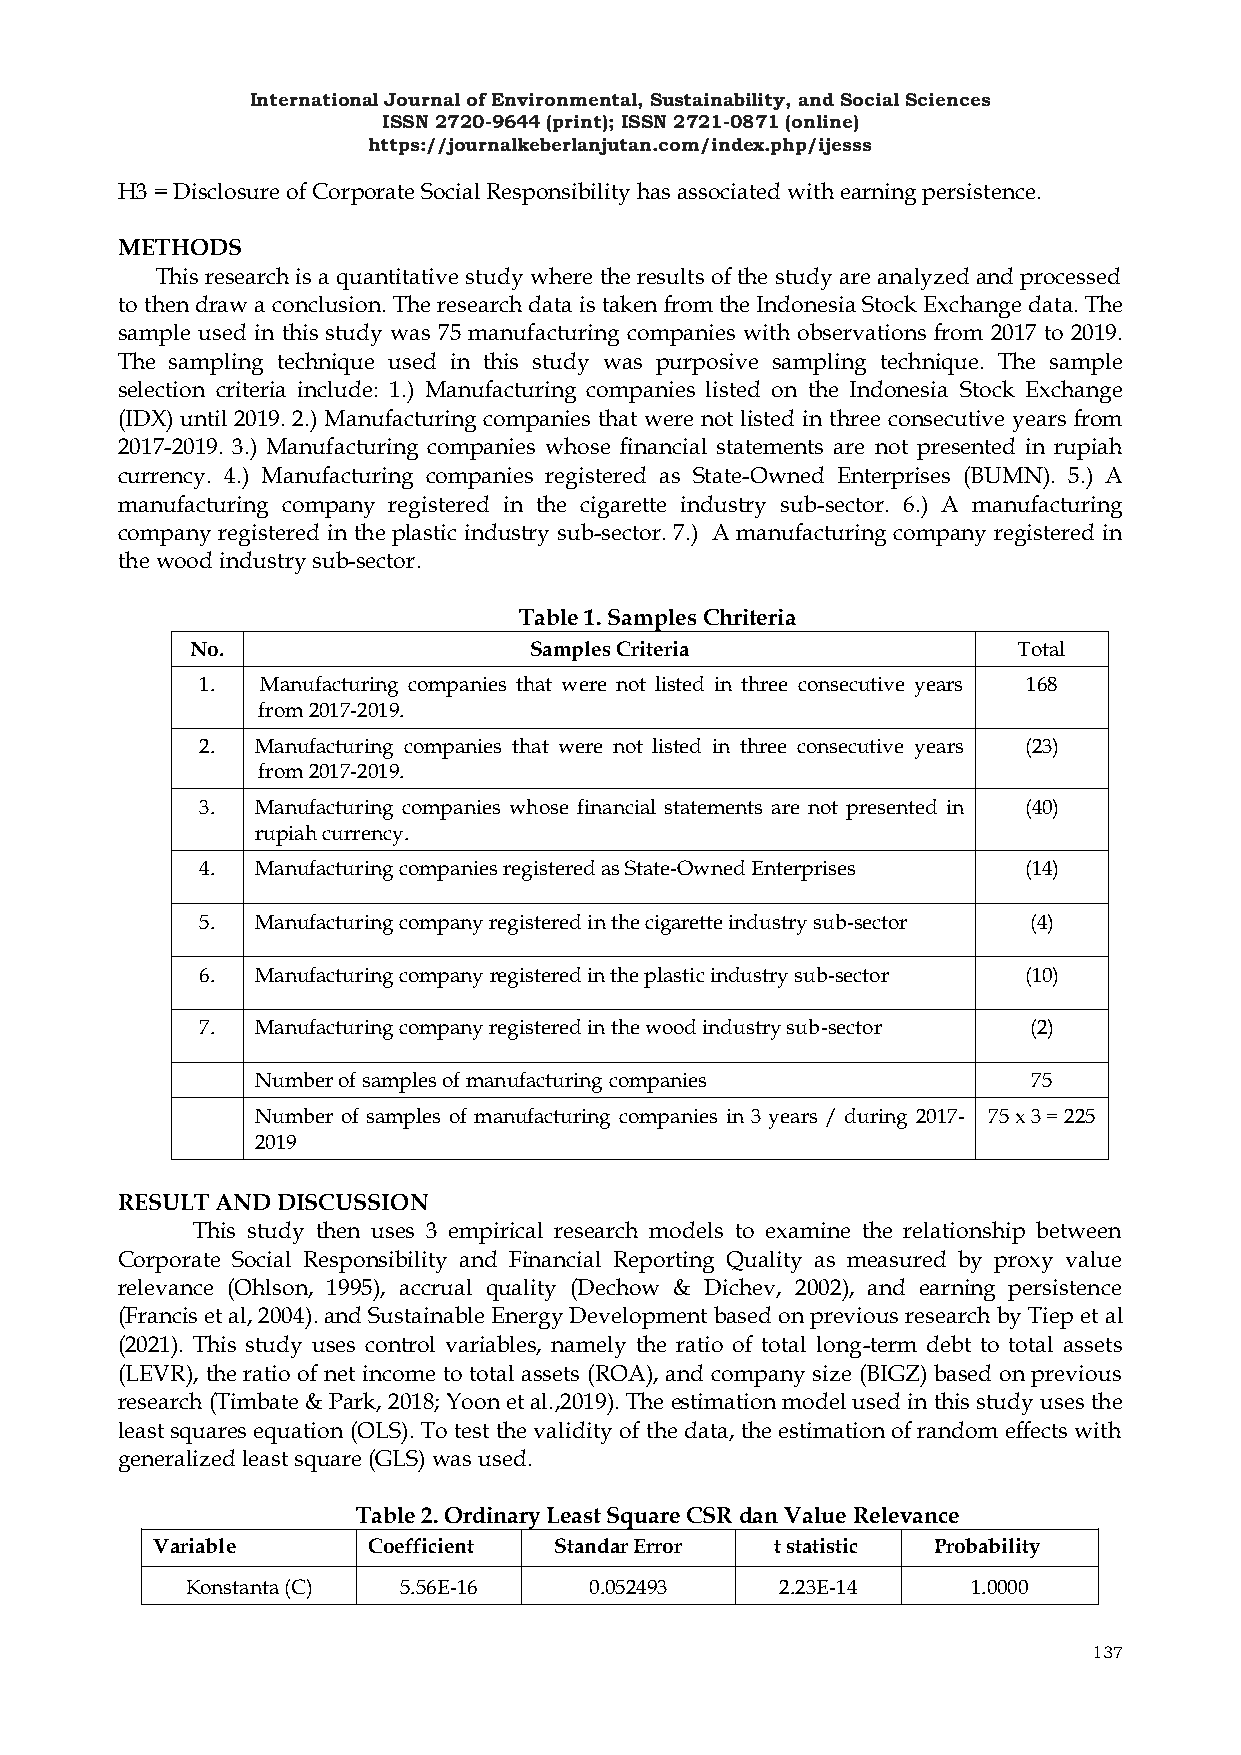
International Journal of Environmental, Sustainability, and Social Sciences
 ISSN 2720-9644 (print); ISSN 2721-0871 (online)
 https://journalkeberlanjutan.com/index.php/ijesss
 H3 = Disclosure of Corporate Social Responsibility has associated with earning persistence.
 METHODS
 This research is a quantitative study where the results of the study are analyzed and processed
 to then draw a conclusion. The research data is taken from the Indonesia Stock Exchange data. The
 sample used in this study was 75 manufacturing companies with observations from 2017 to 2019.
 The sampling technique used in this study was purposive sampling technique. The sample
 selection criteria include: 1.) Manufacturing companies listed on the Indonesia Stock Exchange
 (IDX) until 2019. 2.) Manufacturing companies that were not listed in three consecutive years from
 2017-2019. 3.) Manufacturing companies whose financial statements are not presented in rupiah
 currency. 4.) Manufacturing companies registered as State-Owned Enterprises (BUMN). 5.) A
 manufacturing company registered in the cigarette industry sub-sector. 6.) A manufacturing
 company registered in the plastic industry sub-sector. 7.) A manufacturing company registered in
 the wood industry sub-sector.
 Table 1. Samples Chriteria
 No.                   Samples Criteria                Total
 1.  Manufacturing companies that were not listed in three consecutive years 168
 from 2017-2019.
 2.  Manufacturing companies that were not listed in three consecutive years (23)
 from 2017-2019.
 3.  Manufacturing companies whose financial statements are not presented in (40)
 rupiah currency.
 4.  Manufacturing companies registered as State-Owned Enterprises (14)
 5.  Manufacturing company registered in the cigarette industry sub-sector (4)
 6.  Manufacturing company registered in the plastic industry sub-sector (10)
 7.  Manufacturing company registered in the wood industry sub-sector (2)
 Number of samples of manufacturing companies       75
 Number of samples of manufacturing companies in 3 years / during 2017- 75 x 3 = 225
 2019
 RESULT AND DISCUSSION
 This study then uses 3 empirical research models to examine the relationship between
 Corporate Social Responsibility and Financial Reporting Quality as measured by proxy value
 relevance (Ohlson, 1995), accrual quality (Dechow & Dichev, 2002), and earning persistence
 (Francis et al, 2004). and Sustainable Energy Development based on previous research by Tiep et al
 (2021). This study uses control variables, namely the ratio of total long-term debt to total assets
 (LEVR), the ratio of net income to total assets (ROA), and company size (BIGZ) based on previous
 research (Timbate & Park, 2018; Yoon et al.,2019). The estimation model used in this study uses the
 least squares equation (OLS). To test the validity of the data, the estimation of random effects with
 generalized least square (GLS) was used.
 Table 2. Ordinary Least Square CSR dan Value Relevance
 Variable      Coefficient  Standar Error t statistic Probability
 Konstanta (C) 5.56E-16     0.052493     2.23E-14    1.0000
 137